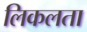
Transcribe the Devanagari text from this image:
लिकलता